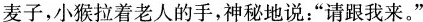
麦子，小猴拉着老人的手，神秘地说：“请跟我来。”